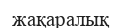
жақаралық